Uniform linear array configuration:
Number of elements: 12
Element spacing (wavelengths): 0.25
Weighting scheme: exponential
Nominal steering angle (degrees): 60
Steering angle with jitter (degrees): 59.526
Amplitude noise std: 0.05
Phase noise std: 0.05

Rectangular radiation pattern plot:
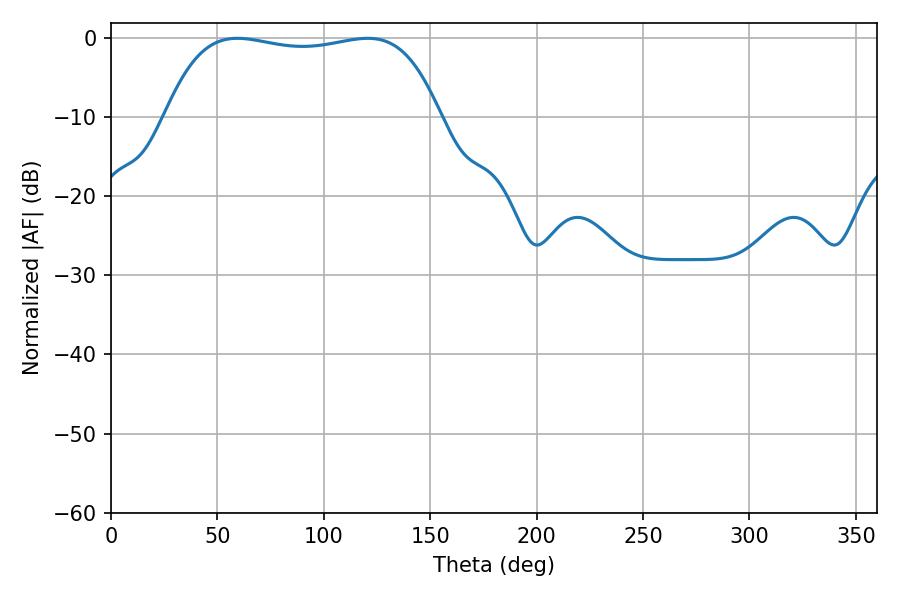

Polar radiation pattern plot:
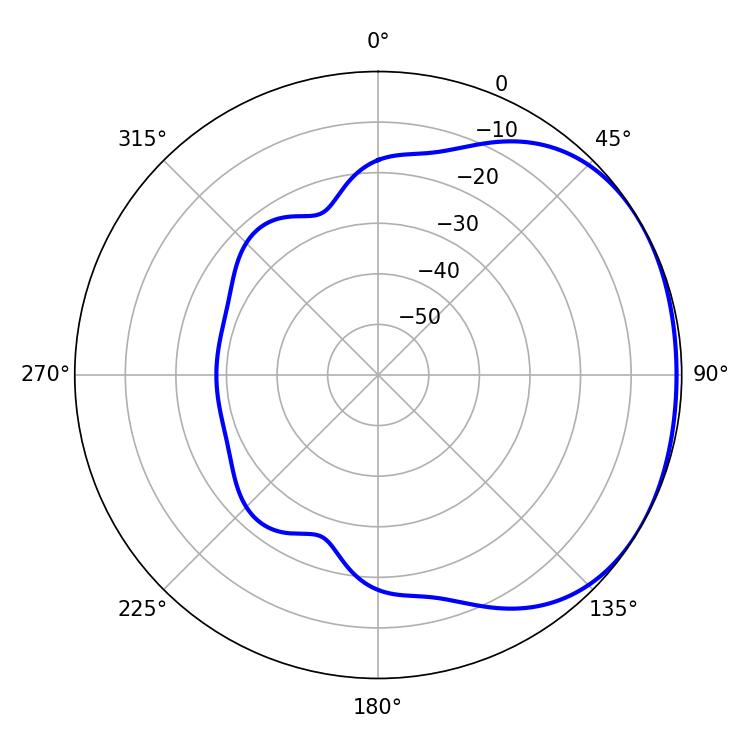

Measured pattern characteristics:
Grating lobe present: FALSE
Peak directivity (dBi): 1.439
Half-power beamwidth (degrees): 102.96
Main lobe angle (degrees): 59.4